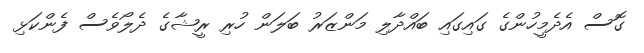
ގޮސް އެދެމީހުންގެ ގައިގައި ބައްދާލި މަންޒަރު ބަލަން ހުރި ރީޝާގެ ދެލޯވެސް ފެންކަޅި